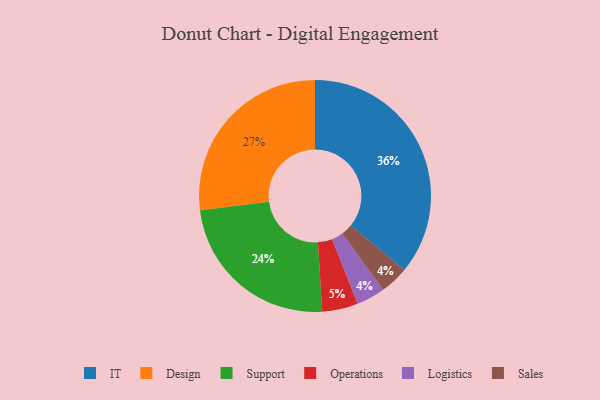
{"axis": {"x": "Category", "y": "Percentage"}, "legend": ["Design", "IT", "Logistics", "Operations", "Sales", "Support"], "data": [{"x": "IT", "y": 36, "type": "IT"}, {"x": "Design", "y": 27, "type": "Design"}, {"x": "Support", "y": 24, "type": "Support"}, {"x": "Logistics", "y": 4, "type": "Logistics"}, {"x": "Operations", "y": 5, "type": "Operations"}, {"x": "Sales", "y": 4, "type": "Sales"}]}